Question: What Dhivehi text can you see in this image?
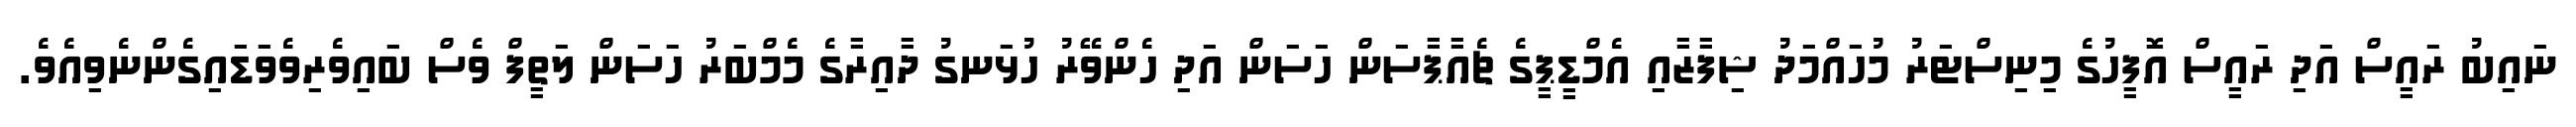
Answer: ނައިބު ރައީސް އަދި ރައީސް އޮފީހުގެ މިނިސްޓަރު މުހައްމަދު ޝިފާޒާއި އެމްޑީޕީގެ ޗެއާޕާސަން ހަސަން އަދި ހެންވޭރު ހުޅަނގު ދާއިރާގެ މެމްބަރު ހަސަން ލަތީފް ވެސް ބައިވެރިވެވަޑައިގެންނެވިއެވެ.